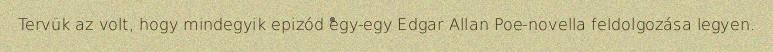
Tervük az volt, hogy mindegyik epizód egy-egy Edgar Allan Poe-novella feldolgozása legyen.